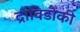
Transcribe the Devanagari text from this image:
द्राविडौंकी